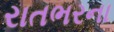
રાતભરના